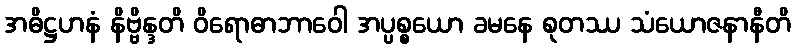
အဓိဋ္ဌဟနံ နိဗ္ဗိန္ဒတိ ဝိရောဓာဘာဝေါ အပ္ပစ္စယော ခမနေ စုတဿ သံယောဇနာနီတိ